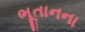
ભૂતાનના